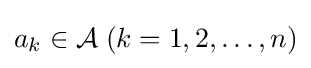
a_{k}\in {\mathcal {A}}\;(k=1,2,\ldots ,n)